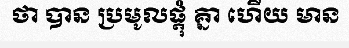
ថា បាន ប្រមូលផ្តុំ គ្នា ហើយ មាន